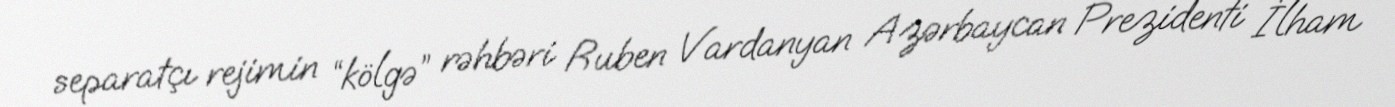
separatçı rejimin “kölgə” rəhbəri Ruben Vardanyan Azərbaycan Prezidenti İlham